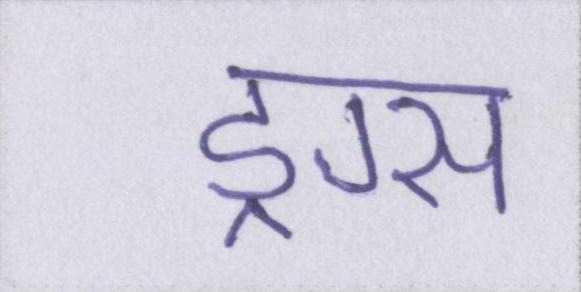
ड्रग्स